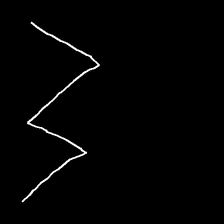
Glyph: crush